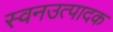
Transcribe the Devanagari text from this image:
स्वनउत्पादक